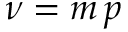
\nu = m \, p